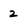
Character: 2